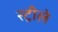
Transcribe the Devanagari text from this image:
स्ट्रीले